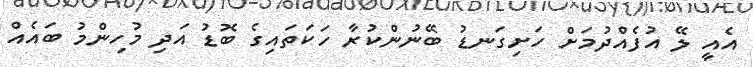
އެއީ ލޭ އުފެއްދުމަށް ހަށިގަނޑު ބޭނުންކުރާ ހަކަތައިގެ ބޮޑު އަދި މުހިންމު ބައެއް